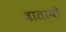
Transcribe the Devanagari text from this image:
जातायी